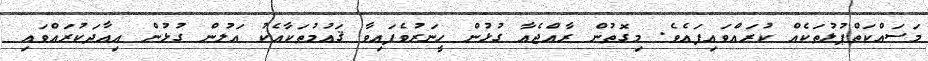
މަސައްކަތްޕުޅުތަކެއް ކުރައްވައިފައެވެ. މިގޮތުން ރާއްޖެއާ ގުޅުން ހީނަރުވެފައިވާ ޤައުމުތަކާއެކު އަލުން ގުޅުން އިޢާދަކުރައްވައި